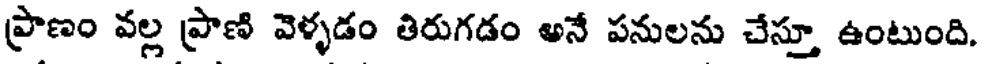
ప్రాణం వల్ల ప్రాణి వెళ్ళడం తిరుగడం అనే పనులను చేస్తూ ఉంటుంది.